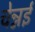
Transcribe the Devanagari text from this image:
चेन्नर्इ